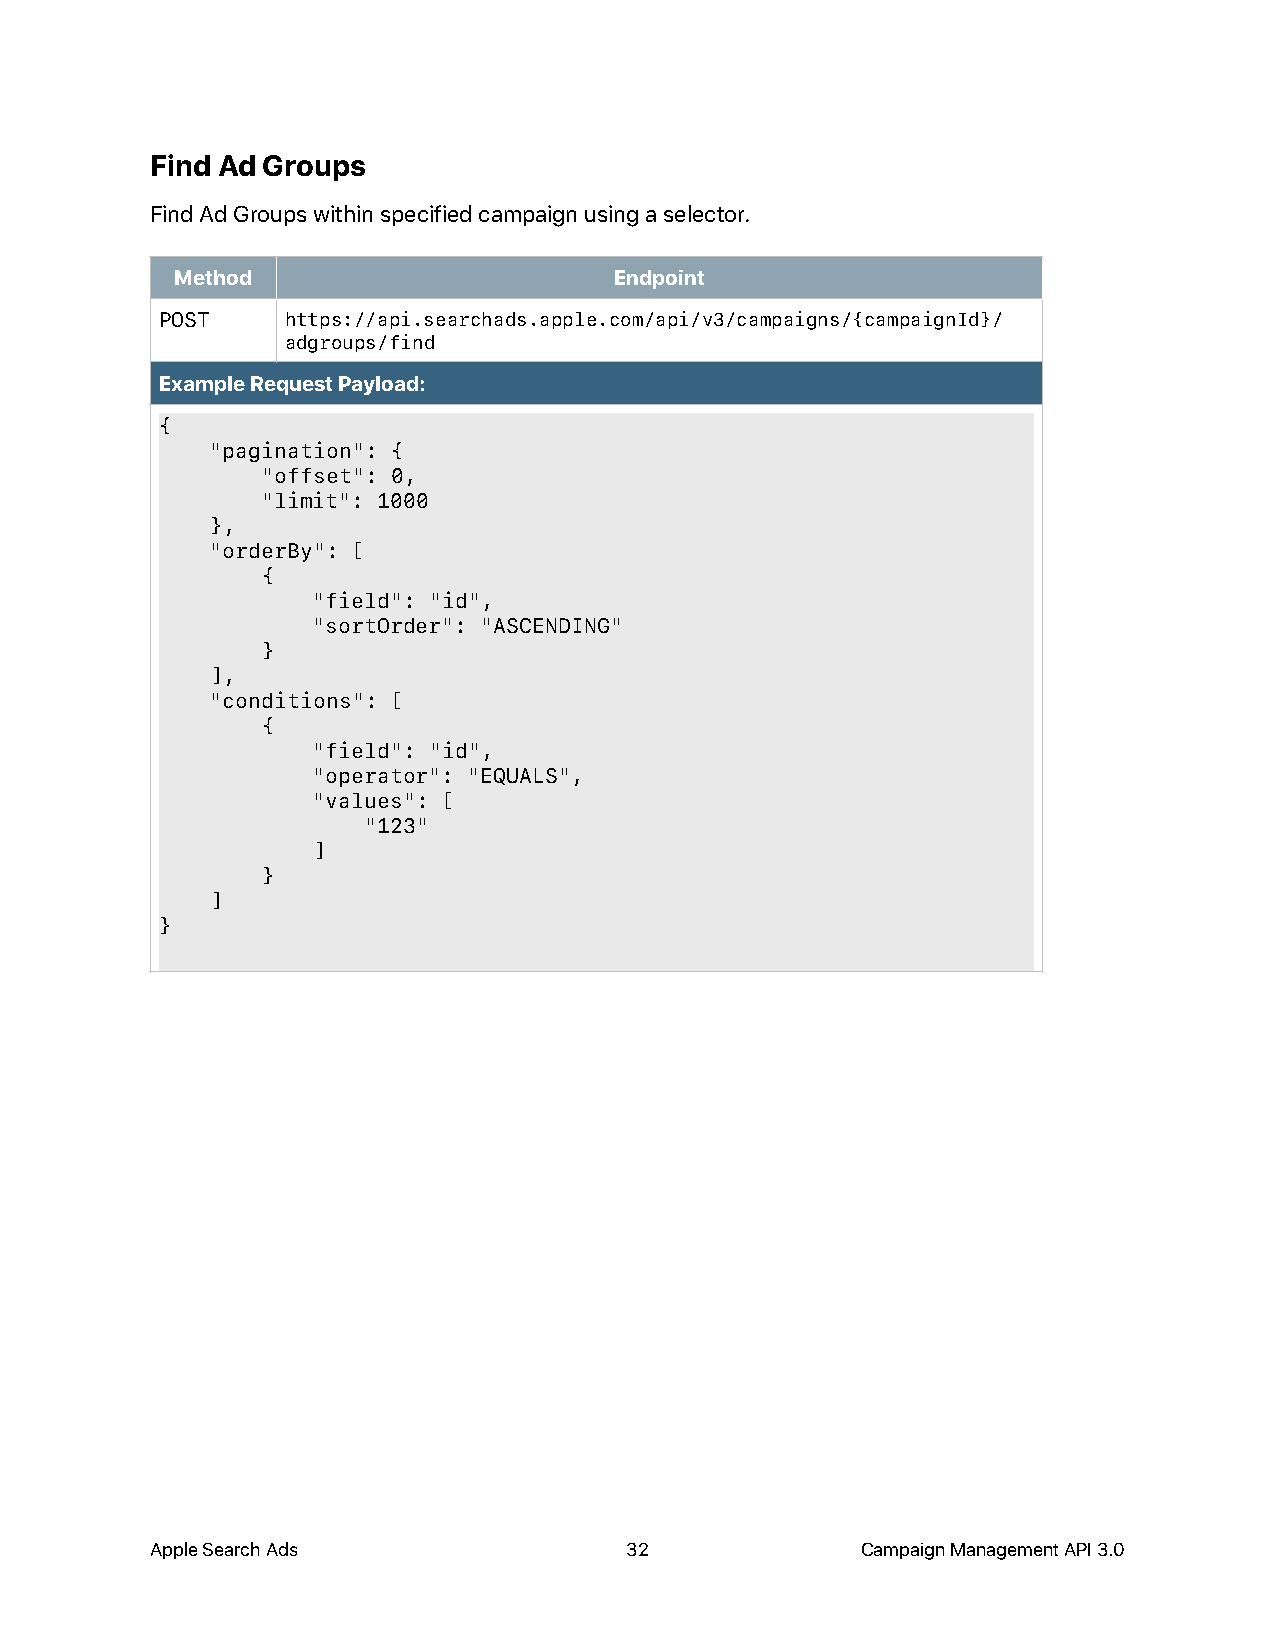
Find Ad Groups
 Find Ad Groups within specified campaign using a selector.
 Method                       Endpoint
 POST    https://api.searchads.apple.com/api/v3/campaigns/{campaignId}/
 adgroups/find
 Example Request Payload:
 {
 "pagination": {
 "offset": 0,
 "limit": 1000
 },
 "orderBy": [
 {
 "field": "id",
 "sortOrder": "ASCENDING"
 }
 ],
 "conditions": [
 {
 "field": "id",
 "operator": "EQUALS",
 "values": [
 "123"
 ]
 }
 ]
 }
 Apple Search Ads               32              Campaign Management API 3.0